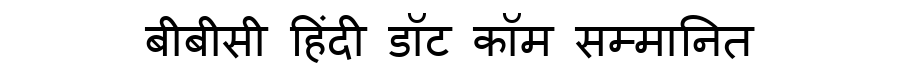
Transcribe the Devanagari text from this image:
बीबीसी हिंदी डॉट कॉम सम्मानित